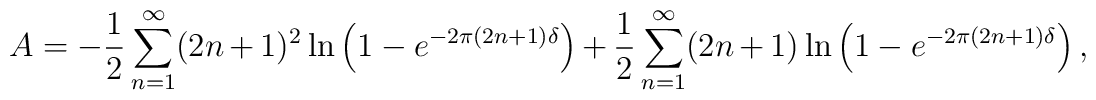
A=-\frac{1}{2}\sum_{n=1}^\infty (2n+1)^2\ln \left(1-e^{-2\pi (2n+1)\delta} \right)+\frac{1}{2}\sum_{n=1}^\infty (2n+1)\ln \left(1-e^{-2\pi (2n+1)\delta}\right),